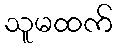
သူမထက်